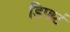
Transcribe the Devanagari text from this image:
डिपार्ट